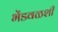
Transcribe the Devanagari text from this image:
भेंडवळशी